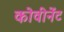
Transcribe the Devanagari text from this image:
कोवीनेंट